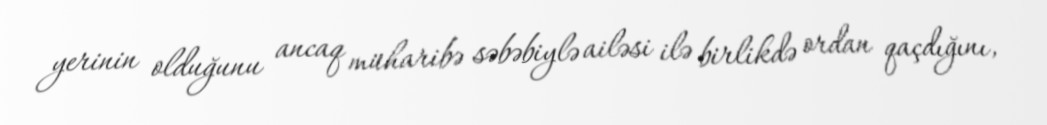
yerinin olduğunu ancaq müharibə səbəbiylə ailəsi ilə birlikdə ordan qaçdığını,